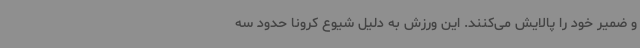
و ضمیر خود را پالایش می‌کنند. این ورزش به دلیل شیوع کرونا حدود سه